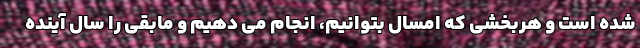
شده است و هربخشی که امسال بتوانیم، انجام می دهیم و مابقی را سال آینده